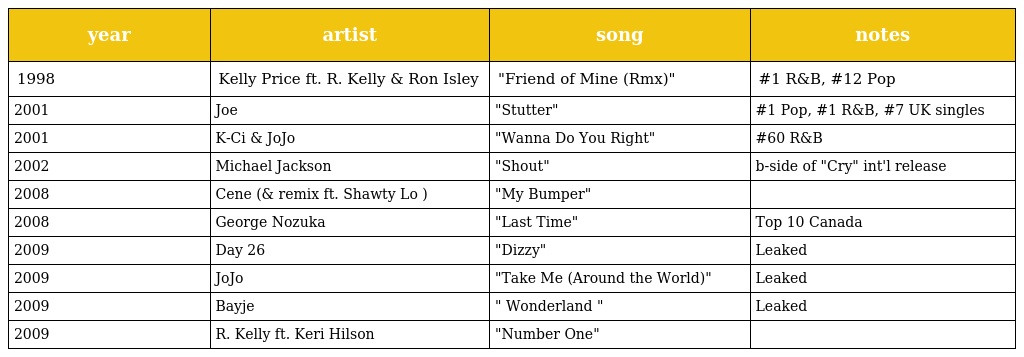
| year | artist | song | notes |
 | --- | --- | --- | --- |
 | 1998 | Kelly Price ft. R. Kelly & Ron Isley | "Friend of Mine (Rmx)" | #1 R&B, #12 Pop |
 | 2001 | Joe | "Stutter" | #1 Pop, #1 R&B, #7 UK singles |
 | 2001 | K-Ci & JoJo | "Wanna Do You Right" | #60 R&B |
 | 2002 | Michael Jackson | "Shout" | b-side of "Cry" int'l release |
 | 2008 | Cene (& remix ft. Shawty Lo ) | "My Bumper" |  |
 | 2008 | George Nozuka | "Last Time" | Top 10 Canada |
 | 2009 | Day 26 | "Dizzy" | Leaked |
 | 2009 | JoJo | "Take Me (Around the World)" | Leaked |
 | 2009 | Bayje | " Wonderland " | Leaked |
 | 2009 | R. Kelly ft. Keri Hilson | "Number One" |  |